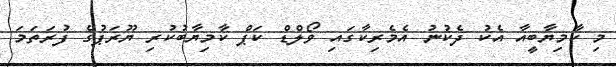
މި ކާމިޔާބީއާ އެކު ދެކުނު އެމެރިކާގައި ވޯލްޑް ކަޕް ކާމިޔާބުކުރި ޔޫރަޕުގެ ފުރަތަމަ